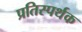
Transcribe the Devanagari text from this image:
प्रतिस्पर्थक